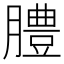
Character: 𦡊